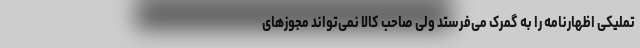
تملیکی اظهارنامه را به گمرک می‌فرستد ولی صاحب کالا نمی‌تواند مجوزهای